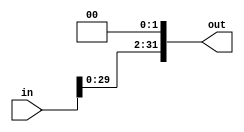
module shifter(in,out);
input [31:0] in;
output [31:0] out;
//reg [31:0] out;
//initial
assign out = {in[29:0],2'b00};

endmodule

module tb;

reg [31:0] tx;
wire [31:0] ty;

shifter sft(tx,ty);

initial 
begin
$monitor(,$time,"tx=%b ty=%b",tx,ty);
#0 tx = 32'hffff;
#10 tx=  32'hf0f0;
#10 tx = 32'hafaf;
end
endmodule